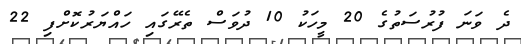
ދެ ވަނަ ފުރުސަތުގެ 20 މީހަކު 10 ދުވަސް ތެރޭގައި ހައްޔަރުކޮށްފި 22